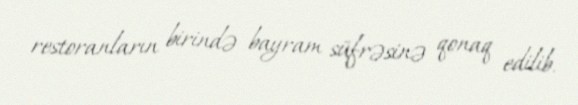
restoranların birində bayram süfrəsinə qonaq edilib.